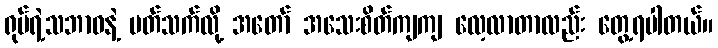
ရုပ်ရဲ့သဘာဝနဲ့ ပတ်သက်လို့ အတော် အသေးစိတ်ကျကျ လေ့လာတာလည်း တွေ့ရပါတယ်။